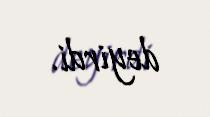
deyirdi.